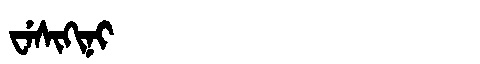
Manchu: ᠸᡝᠰᡳᡴᡳᠨᡳ
Romanization: WESIKINI